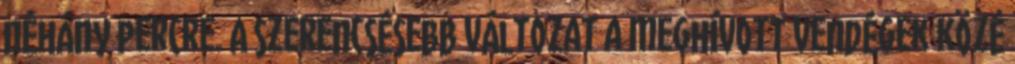
néhány percre. A szerencsésebb változat a meghívott vendégek közé